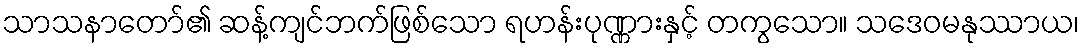
သာသနာတော်၏ ဆန့်ကျင်ဘက်ဖြစ်သော ရဟန်းပုဏ္ဏားနှင့် တကွသော။ သဒေဝမနုဿာယ၊